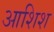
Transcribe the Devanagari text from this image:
आशिश